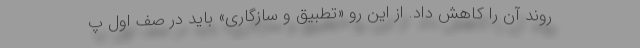
روند آن را کاهش داد. از این رو «تطبیق و سازگاری» باید در صف اول پ